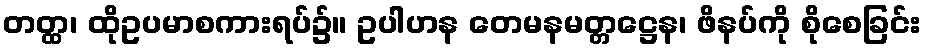
တတ္ထ၊ ထိုဥပမာစကားရပ်၌။ ဥပါဟန တေမနမတ္တဋ္ဌေန၊ ဖိနပ်ကို စိုစေခြင်း